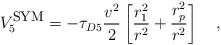
\begin{align*}V_5^{\mbox{\footnotesize{SYM}}} = -\tau_{D5} {\frac{v^2}{2}} \left[{\frac{r_1^2}{r^2}} + {\frac{r_p^2}{r^2}} \right] \quad ,\end{align*}